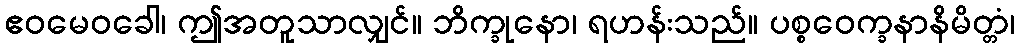
ဧဝမေဝခေါ၊ ဤအတူသာလျှင်။ ဘိက္ခုနော၊ ရဟန်းသည်။ ပစ္စဝေက္ခနာနိမိတ္တံ၊